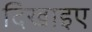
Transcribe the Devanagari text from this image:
दिखाइए